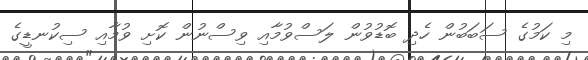
މި ކަމުގެ ސަބަބުން ހެދި ބޮޑުވުން ލަސްވުމާއި ވިސްނުން ކޮށި ވުމާއި ސިކުނޑީގެ